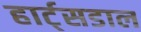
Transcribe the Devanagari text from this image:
हार्ट्‌सडाल